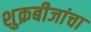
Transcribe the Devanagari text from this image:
शुक्रबीजांचा